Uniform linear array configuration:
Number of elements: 4
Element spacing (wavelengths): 1
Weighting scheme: cosine
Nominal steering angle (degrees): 45
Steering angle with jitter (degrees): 46.547
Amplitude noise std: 0.05
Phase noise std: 0.05

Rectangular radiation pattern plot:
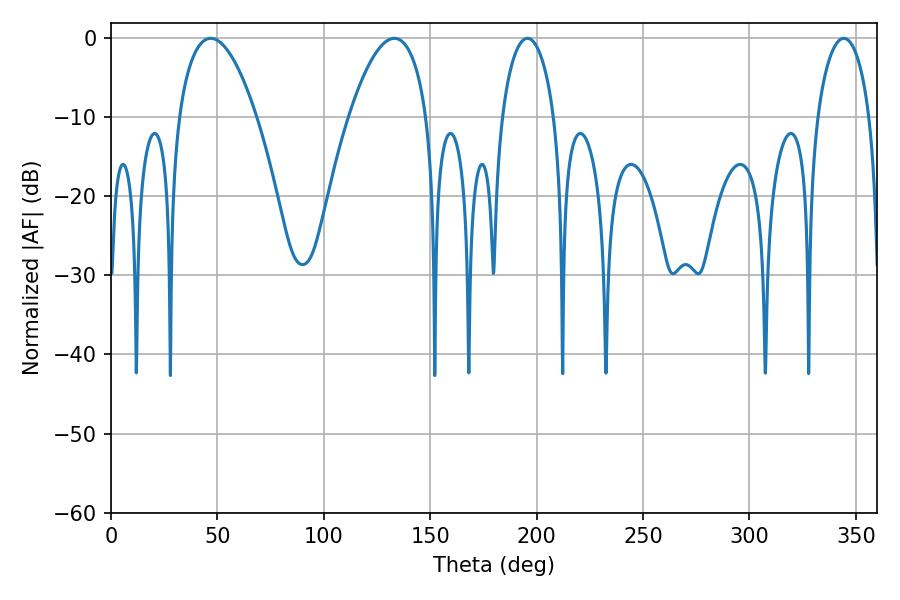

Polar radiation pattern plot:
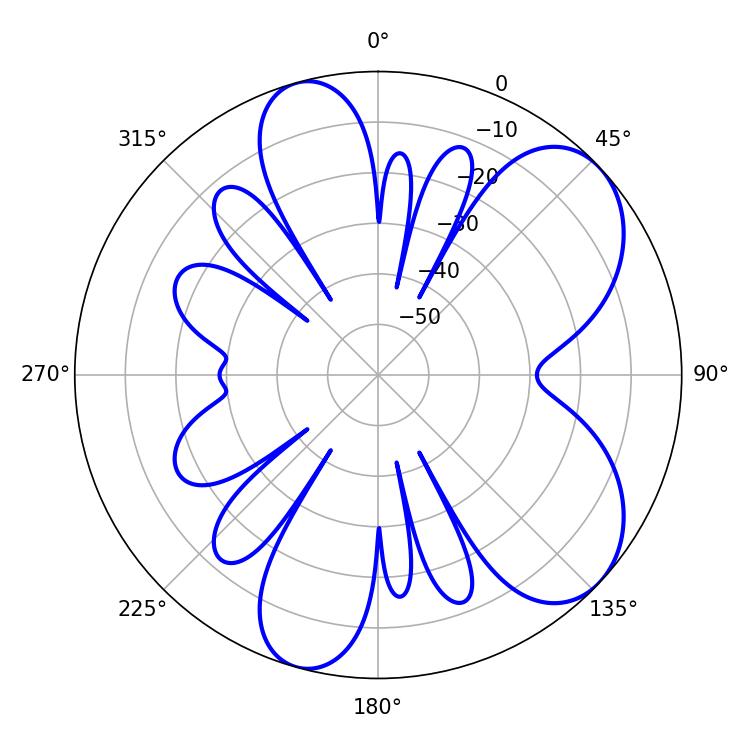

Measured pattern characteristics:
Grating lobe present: TRUE
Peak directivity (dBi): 6.95
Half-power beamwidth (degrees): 14.04
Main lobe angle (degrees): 195.66